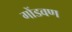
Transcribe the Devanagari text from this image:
गोंडवण